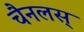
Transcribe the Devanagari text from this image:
चैनलस्